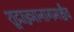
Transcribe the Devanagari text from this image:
शूद्राज्ज्ञानागमश्चैव